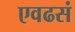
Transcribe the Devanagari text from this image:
एवढसं